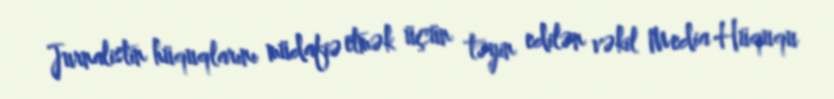
Jurnalistin hüquqlarını müdafiə etmək üçün təyin edilən vəkil Media Hüququ